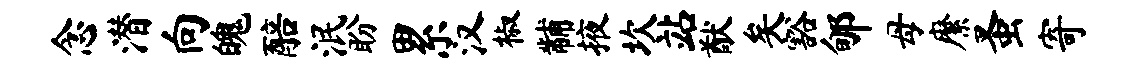
念潜向魄醅泯盼累汉椒黼掖坎站猷矣豁郇母縻蚤寄